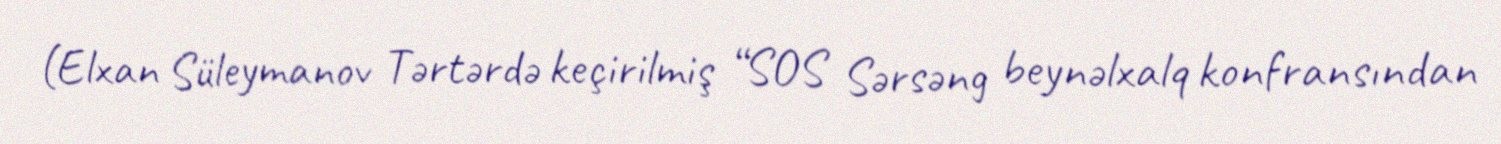
(Elxan Süleymanov Tərtərdə keçirilmiş “SOS Sərsəng beynəlxalq konfransından